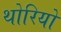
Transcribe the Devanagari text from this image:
थोरियो